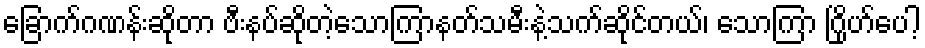
ခြောက်ဂဏန်းဆိုတာ ဗီးနပ်ဆိုတဲ့သောကြာနတ်သမီးနဲ့သက်ဆိုင်တယ်၊ သောကြာ ဂြိုဟ်ပေါ့